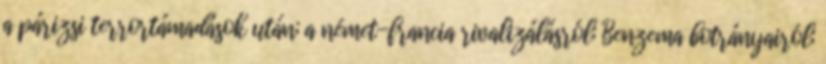
a párizsi terrortámadások után; a német-francia rivalizálásról; Benzema botrányairól;